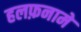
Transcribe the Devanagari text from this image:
हलफ़नामे